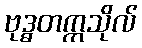
ဗုဒ္ဓတက္ကသိုလ်